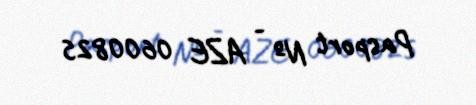
Pasport № - AZE 0600825